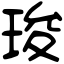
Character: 㻐